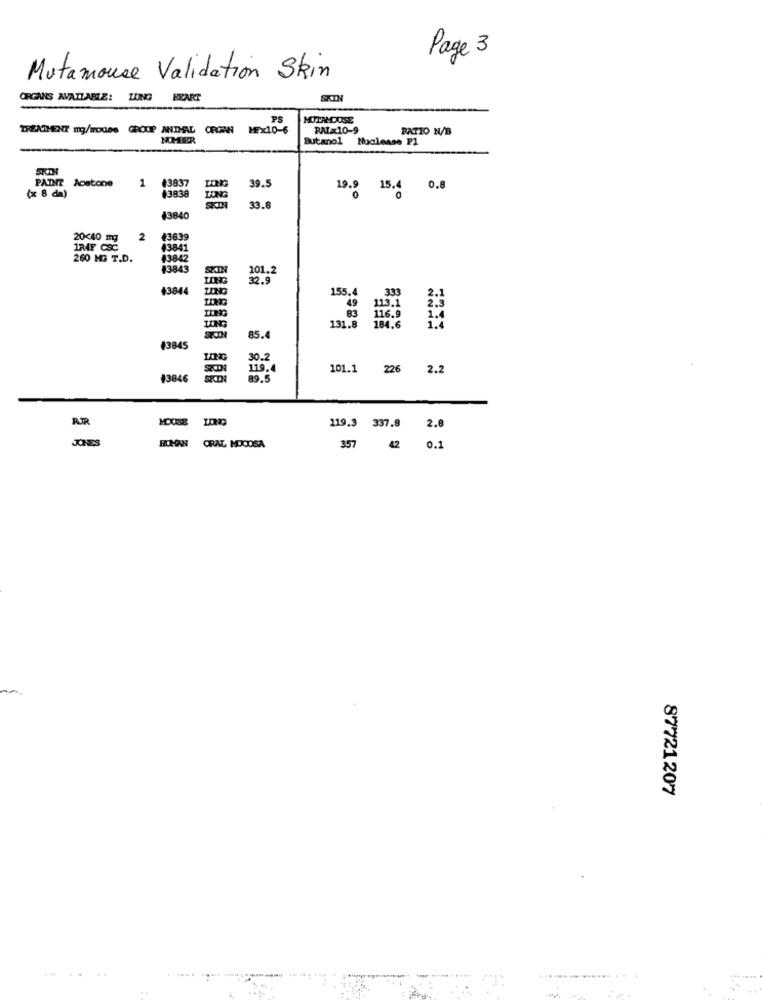
Page 3
Mutamouse Validation Skin
ORGANS AVAILABLE: LUNG HEART
SKIN
MUITAMOUSE
TREATMENT mg/WOUDS GROUP ANIMAL CROWN MEX10-6
RALx10-9
RATIO N/B
NOMEER
Butanol
Nuclease P1
SKIN
PAINT Aostone
1
3837
39.5
19.9 15.4 0.8
(x 8 da)
#3838
LONG
33.6
#3840
20<40 mg
2
43639
1RAF CSC
43841
260 MG T.D.
43842
#3843
101.2
32.9
43844
155.4
333
LONG
49
113.1
131.8
116.9
UNG
184.6
85.4
43845
LING
30.2
119.4
101.1 226 2.2
43846
89.5
AR
119.3 337.8
2.8
BONOW CRAL MOCOSA
357 42 0.1
87721207